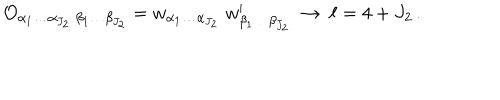
{ \cal O } _ { \alpha _ { 1 } \ldots \alpha _ { J _ { 2 } } \; \beta _ { 1 } \ldots \beta _ { J _ { 2 } } } = w _ { \alpha _ { 1 } \ldots \alpha _ { J _ { 2 } } } \; w _ { \beta _ { 1 } \ldots \beta _ { J _ { 2 } } } ^ { \prime } \ \rightarrow \ \ell = 4 + J _ { 2 } \, .